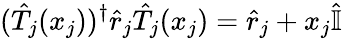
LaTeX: ({\hat{T}}_{j}(x_{j}))^{\dagger}{\hat{r}}_{j}{\hat{T}}_{j}(x_{j})={\hat{r}}_{j}+x_{j}{\hat{\mathbb{I}}}